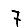
Digit: 7